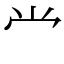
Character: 龸